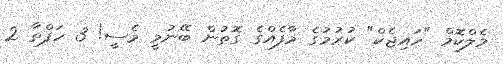
މެލްކޮމް "ހައިޖެކް" ކުރުމުގެ މާފެއްގެ ގޮތުން ބޭނުމީ މެސީ! 3 ހަފްތާ 2